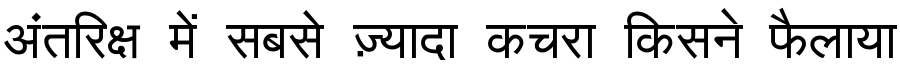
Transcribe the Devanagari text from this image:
अंतरिक्ष में सबसे ज़्यादा कचरा किसने फैलाया